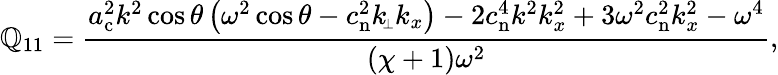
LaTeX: \mathbb{Q}_{11}=\frac{{a_{\mathrm{{c}}}^{2}k^{2}\cos\theta\left(\omega^{2}\cos\theta-c_{\mathrm{{n}}}^{2}k_{\scriptscriptstyle\! \perp}k_{x}\right)-2c_{\mathrm{{n}}}^{4}k^{2}k_{x}^{2}+3\omega^{2}c_{\mathrm{{n}}}^{2}k_{x}^{2}-\omega^{4}}}{{(\chi+1)\omega^{2}}},